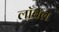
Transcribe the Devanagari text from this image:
लॉबेल